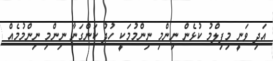
އަދި ވަނީ މިފިލްމު ކުޅެން ނިންމި ނިންމުމަކީ ހުދު ކަންގަނާ ނިންމި ނިންމުމެއް